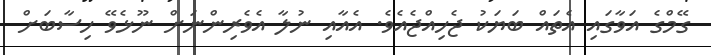
ގޭމްގެ އަވާގައި އެތައް ބަޔަކު ޖެހިއްޖެއެވެ. އެއާއި ނުލާ އެވެރިންނަށް ނޫޅެވޭ ހިސާބަށް